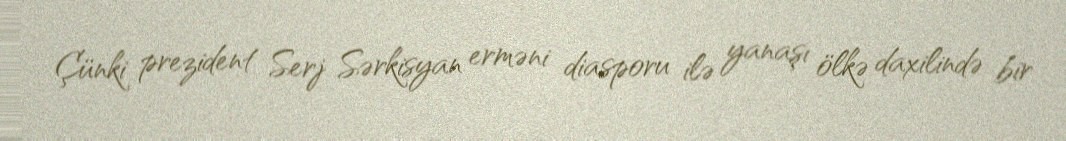
Çünki prezident Serj Sərkisyan erməni diasporu ilə yanaşı ölkə daxilində bir